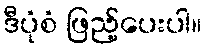
ဒီပုံစံ ဖြည့်ပေးပါ။